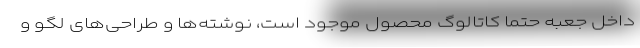
داخل جعبه حتما کاتالوگ محصول موجود است، نوشته‌ها و طراحی‌های لگو و